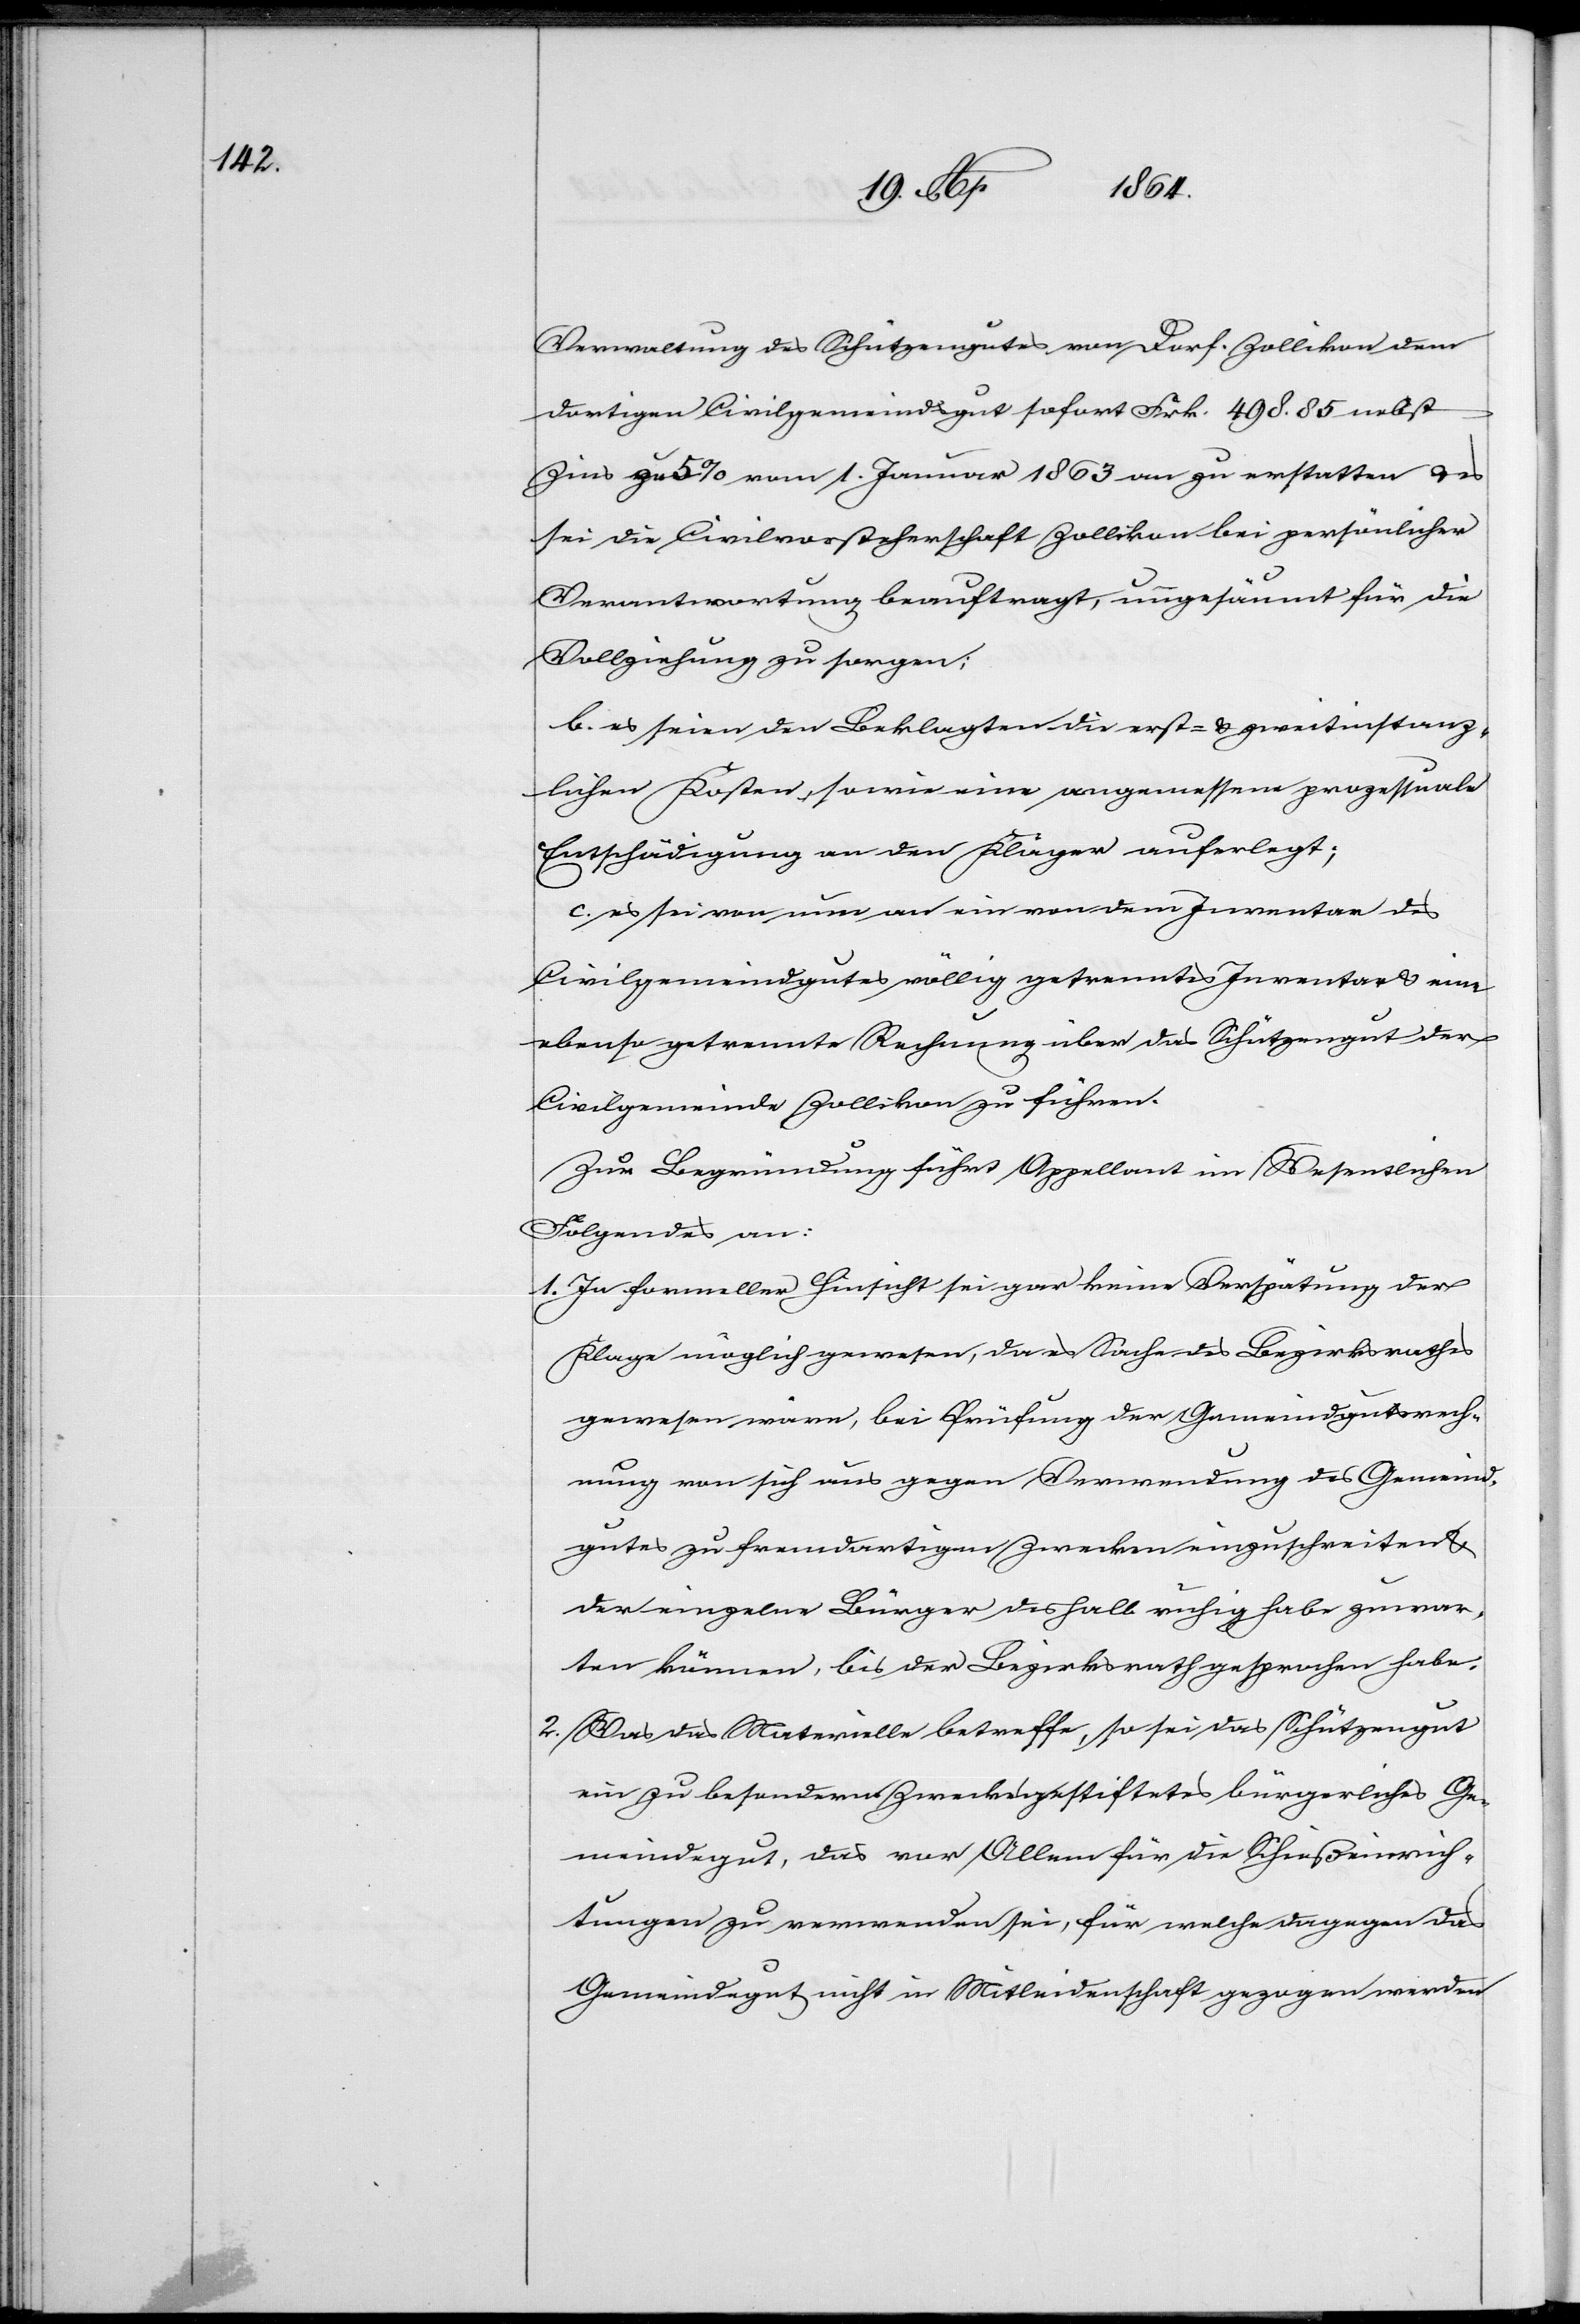
Verwaltung des Schützengutes von Dorf Zollikon dem
dortigen Civilgemeindsgut sofort Frk. 498.85 nebst
Zins zu 5% vom 1. Januar 1863 an zu erstatten u. es
sei die Civilvorsteherschaft Zollikon bei persönlicher
Verantwortung beauftragt, ungesäumt für die
Vollziehung zu sorgen.
b. es seien den Beklagten die erst- u. zweitinstanz¬
lichen Kosten, sowie eine angemessene prozessuale
Entschädigung an den Kläger auferlegt;
c. es sei von nun an ein von dem Inventar des
Civilgemeindgutes völlig getrenntes Inventar u. eine
ebenso getrennte Rechnung über das Schützengut der
Civilgemeinde Zollikon zu führen.
Zur Begründung führt Appellant im Wesentlichen
Folgendes an:
1. In formeller Hinsicht sei gar keine Verspätung der
Klage möglich gewesen, da es Sache des Bezirksrathes
gewesen wäre, bei Prüfung der Gemeindgutsrech¬
nung von sich aus gegen Verwendung des Gemeind¬
gutes zu fremdartigen Zwecken einzuschreiten u.
der einzelne Bürger deshalb ruhig habe zuwar¬
ten können, bis der Bezirksrath gesprochen habe.
2. Was das Materielle betreffe, so sei das Schützengut
ein zu besonderem Zwecke gestiftetes bürgerliches Ge¬
meindegut, das vor Allem für die Schießeinrich¬
tungen zu verwenden sei, für welche dagegen das
Gemeindegut nicht in Mitleidenschaft gezogen werden